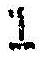
1